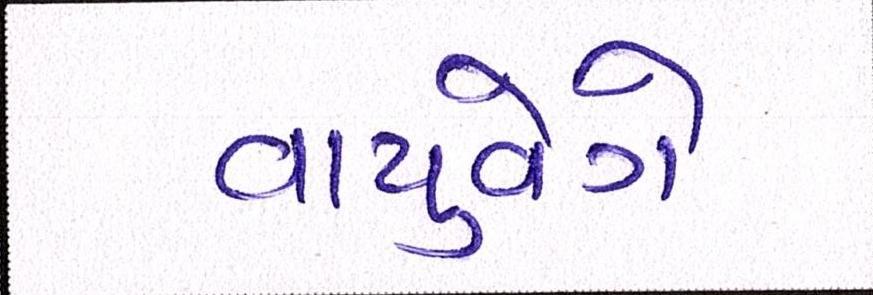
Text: વાયુવેગે